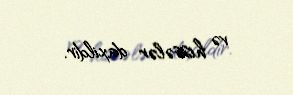
və hissələr daxildir.